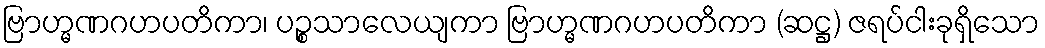
ဗြာဟ္မဏဂဟပတိကာ၊ ပဉ္စသာလေယျကာ ဗြာဟ္မဏဂဟပတိကာ (ဆဋ္ဌ) ဇရပ်ငါးခုရှိသော